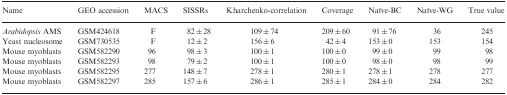
| Name | GEO accession | MACS | SISSRs | Kharchenko-correlation | Coverage | Naïve-BC | Naïve-WG | True value |
 | --- | --- | --- | --- | --- | --- | --- | --- | --- |
 | Arabidopsis AMS | GSM424618 | F | 82 ± 28 | 109 ± 74 | 209 ± 60 | 91 ± 76 | 36 | 245 |
 | Yeast nucleosome | GSM730535 | F | 12 ± 2 | 156 ± 6 | 42 ± 4 | 153 ± 0 | 153 | 154 |
 | Mouse myoblasts | GSM582290 | 96 | 98 ± 3 | 100 ± 1 | 100 ± 0 | 99 ± 0 | 99 | 98 |
 | Mouse myoblasts | GSM582293 | 98 | 79 ± 2 | 100 ± 1 | 100 ± 0 | 98 ± 0 | 98 | 99 |
 | Mouse myoblasts | GSM582295 | 277 | 148 ± 7 | 278 ± 1 | 280 ± 1 | 278 ± 1 | 278 | 277 |
 | Mouse myoblasts | GSM582297 | 285 | 157 ± 6 | 286 ± 1 | 285 ± 1 | 284 ± 0 | 284 | 282 |